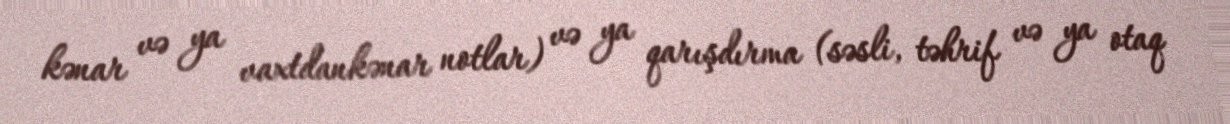
kənar və ya vaxtdankənar notlar) və ya qarışdırma (səsli, təhrif və ya otaq